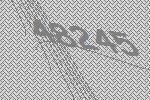
48245